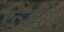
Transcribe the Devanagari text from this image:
कंडरों